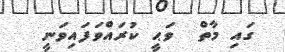
ގައި މާތް  ވަޙީ ކުރައްވަފައިވަނީ